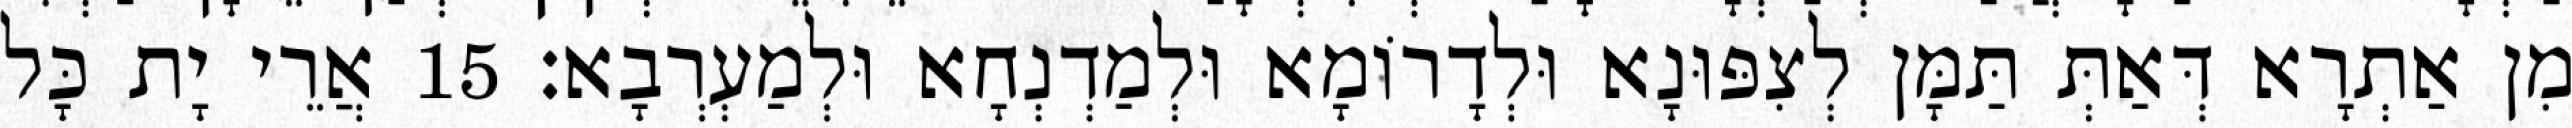
מִן אַתְרָא דְּאַתְּ תַּמָּן לְצִפּוּנָא וּלְדָרוֹמָא וּלְמַדְנְחָא וּלְמַעְרְבָא׃ 15 אֲרֵי יָת כָּל